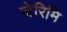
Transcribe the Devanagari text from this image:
जेरिमि